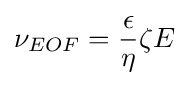
\nu _{EOF}={\epsilon  \over \eta }\zeta E